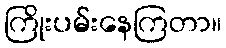
ကြိုးပမ်းနေကြတာ။